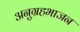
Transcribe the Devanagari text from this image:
अनुग्रहभाजन